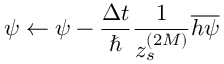
\psi \leftarrow \psi - \frac { \Delta t } { \hbar } \frac { 1 } { z _ { s } ^ { ( 2 M ) } } \overline { { h \psi } }